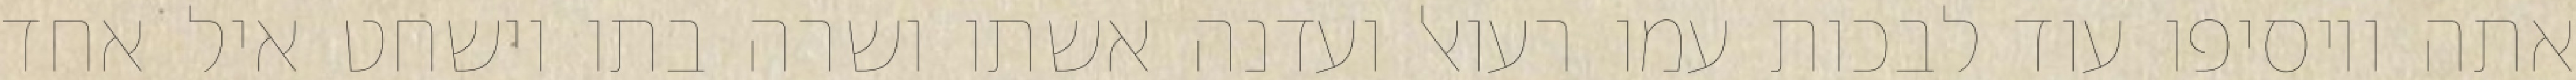
אתה ויוסיפו עוד לבכות עמו רעואל ועדנה אשתו ושרה בתו וישחט איל אחד